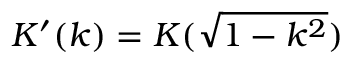
K ^ { \prime } ( k ) = K ( \sqrt { 1 - k ^ { 2 } } )